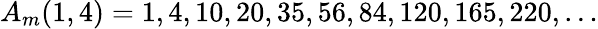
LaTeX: A_{m}(1,4)=1,4,10,20,35,56,84,120,165,220,\ldots